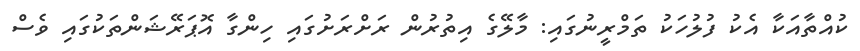
ކުއްތާއަކާ އެކު ފުލުހަކު ތަމްރީނުގައި: މާލޭގެ އިތުރުން ރަށްރަށުގައި ހިންގާ އޮޕަރޭޝަންތަކުގައި ވެސް